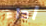
أداء